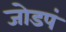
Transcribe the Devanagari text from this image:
जोडपं